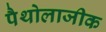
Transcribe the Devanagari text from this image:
पैथोलाजीक